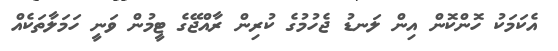
އެކަމަކު ހޮންކޮން އިން ލަނޑު ޖެހުމުގެ ކުރިން ރާއްޖޭގެ ޓީމުން ވަނީ ހަމަލާތަކެއް